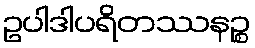
ဥပါဒါပရိတဿနဉ္စ